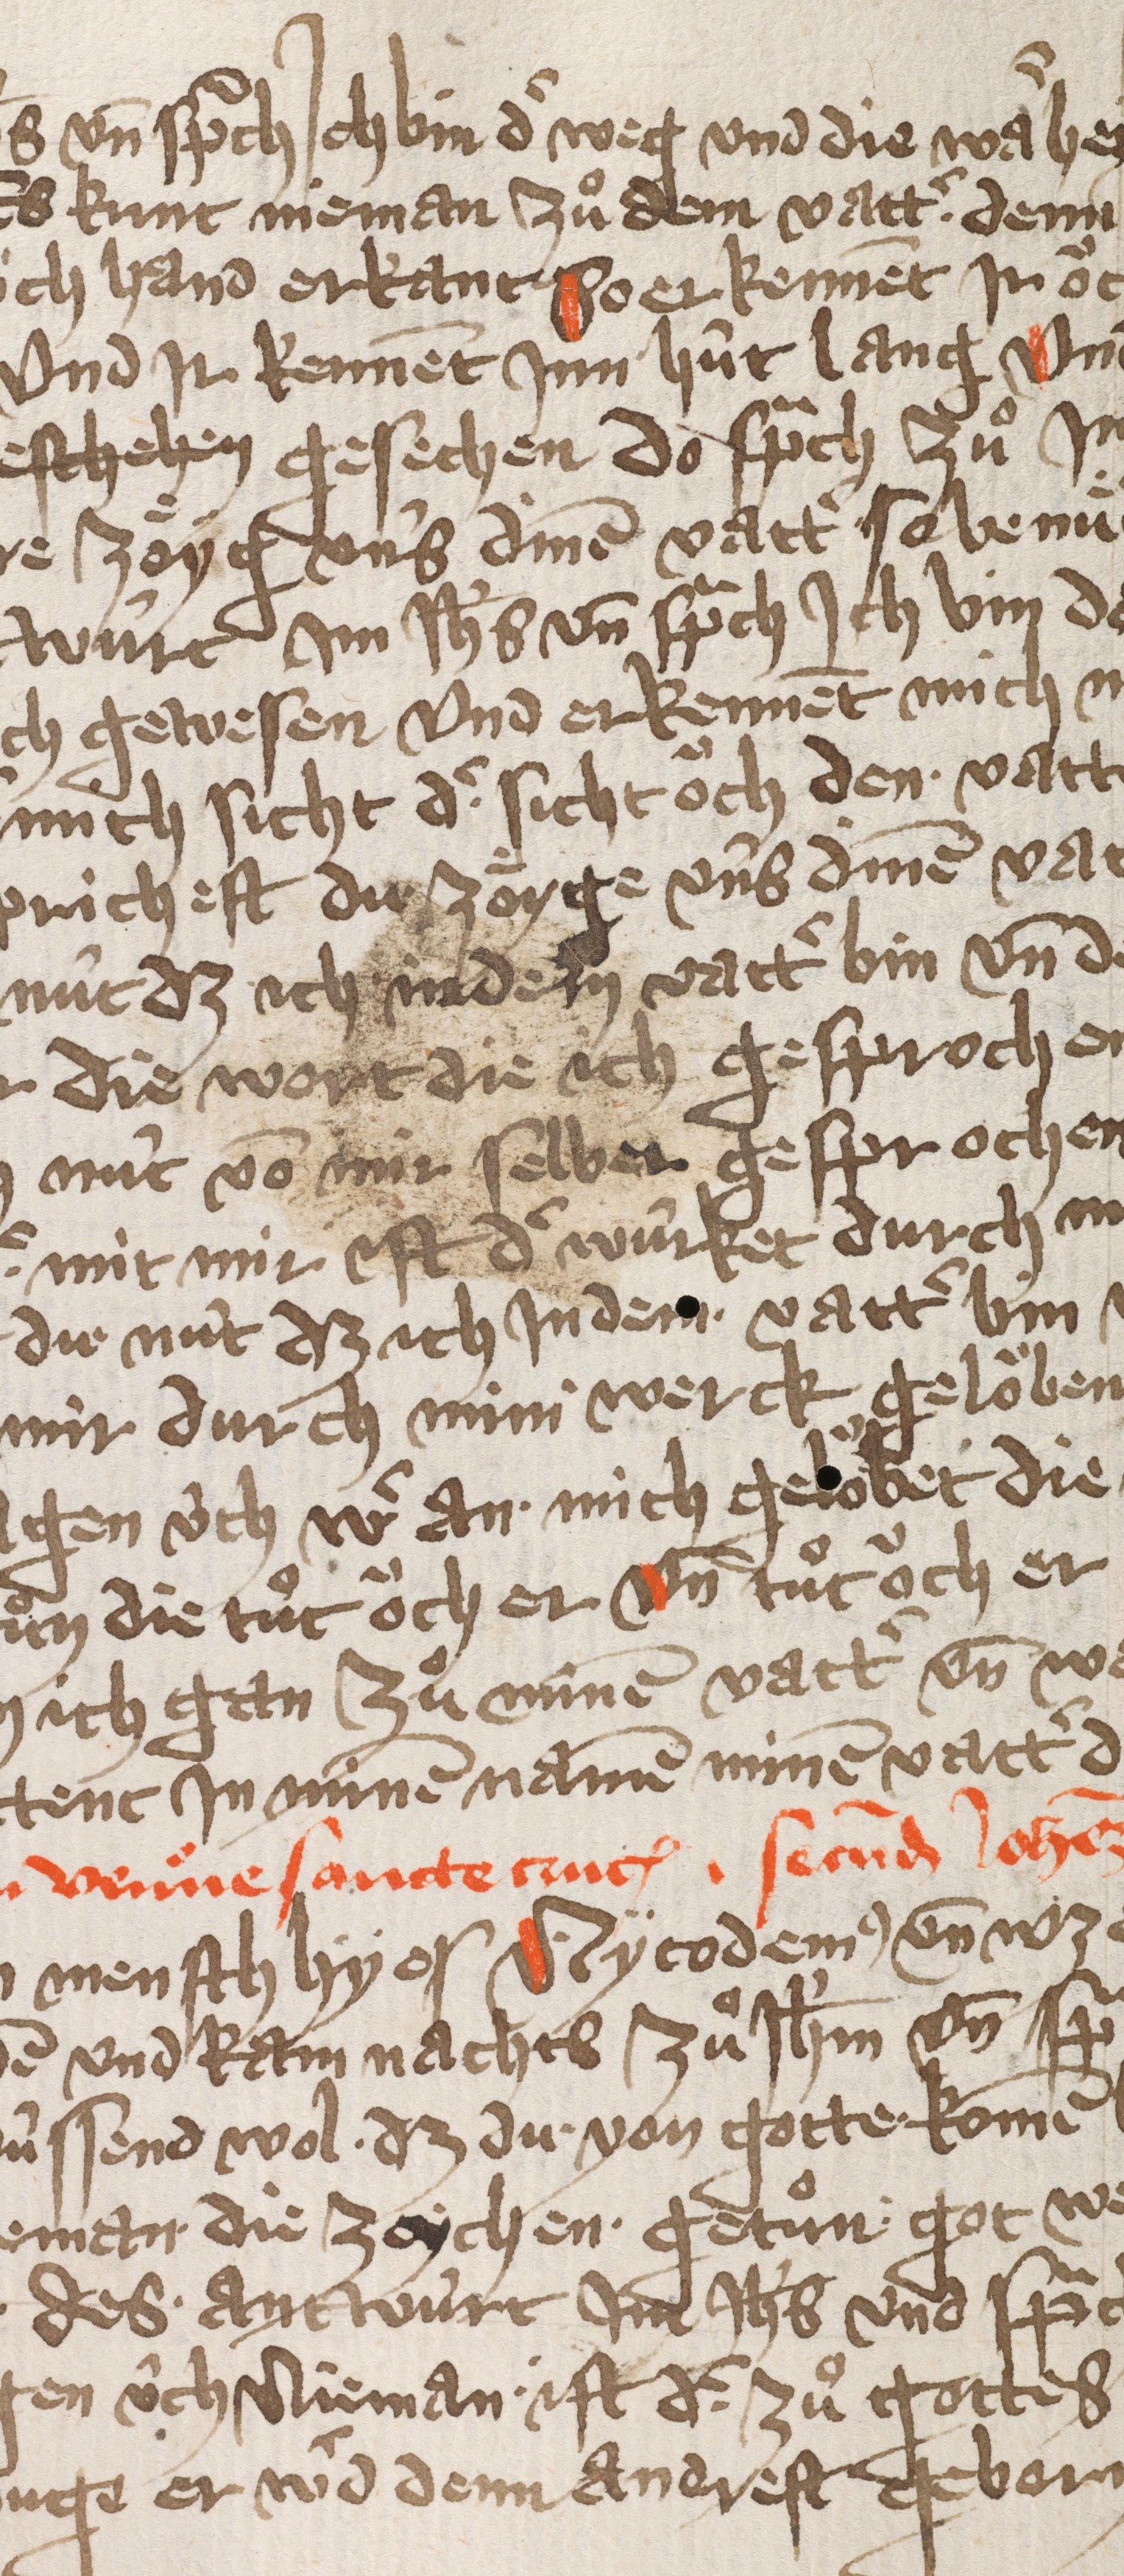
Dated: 1432–1432